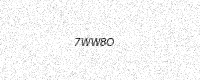
Text: 7WW8O